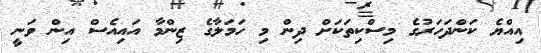
އިއްޔެ ކަންދަހަރުގެ މިސްކިތަކަށް ދިން މި ހަމަލާގެ ޒިންމާ އައިއެސް އިން ވަނީ